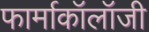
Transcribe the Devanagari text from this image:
फार्माकॉलॉजी